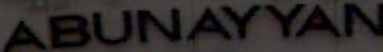
ABUNAYYAN